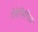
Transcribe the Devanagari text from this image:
वेरेनिगिङ